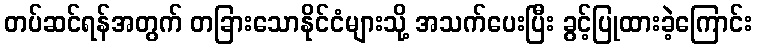
တပ်ဆင်ရန်အတွက် တခြားသောနိုင်ငံများသို့ အသက်ပေးပြီး ခွင့်ပြုထားခဲ့ကြောင်း